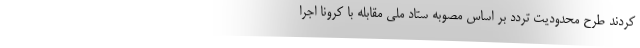
کردند طرح محدودیت تردد بر اساس مصوبه ستاد ملی مقابله با کرونا اجرا